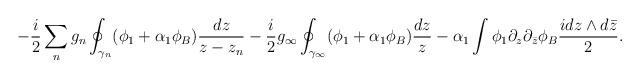
LaTeX: \begin{align*}-\frac{i}{2}\sum_n g_n \oint_{\gamma_n}(\phi_1+\alpha_1\phi_B) \frac{dz}{z-z_n}-\frac{i}{2}g_\infty \oint_{\gamma_\infty}(\phi_1+\alpha_1\phi_B)\frac{dz}{z}-\alpha_1\int\phi_1\partial_z\partial_{\bar z} \phi_B \frac{idz\wedge d\bar z}{2}.\end{align*}